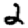
Digit: 2